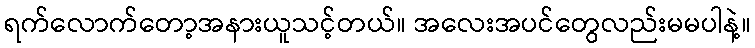
ရက်လောက်တော့အနားယူသင့်တယ်။ အလေးအပင်တွေလည်းမမပါနဲ့။